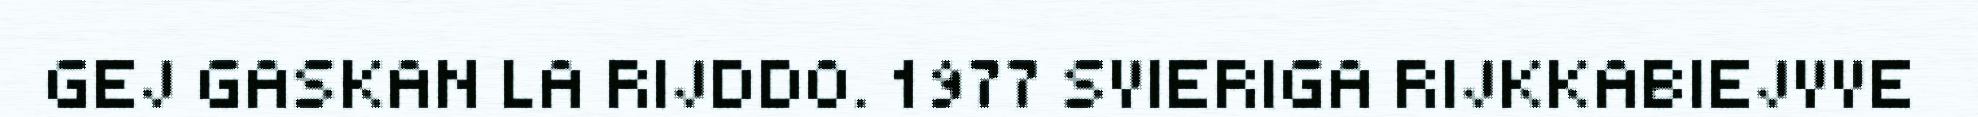
GEJ GASKAN LA RIJDDO. 1977 SVIERIGA RIJKKABIEJVVE